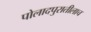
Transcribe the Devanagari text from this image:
पोलादपुरातीलाच